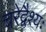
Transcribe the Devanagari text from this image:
चरेद्वैश्यः